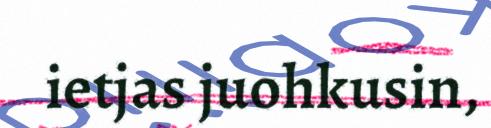
ietjas juohkusin,